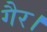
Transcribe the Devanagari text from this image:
गैर।